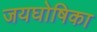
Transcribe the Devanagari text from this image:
जयघोषिका